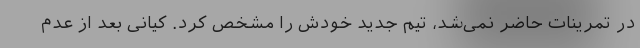
در تمرینات حاضر نمی‌شد، تیم جدید خودش را مشخص کرد. کیانی بعد از عدم